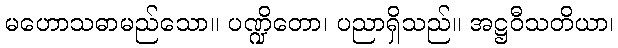
မဟောသဓာမည်သော။ ပဏ္ဍိတော၊ ပညာရှိသည်။ အဋ္ဌဝီသတိယာ၊